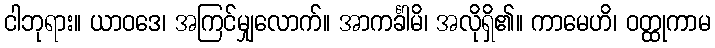
ငါဘုရား။ ယာဝဒေ၊ အကြင်မျှလောက်။ အာကင်္ခါမိ၊ အလိုရှိ၏။ ကာမေဟိ၊ ဝတ္ထုကာမ